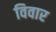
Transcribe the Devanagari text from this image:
विवार